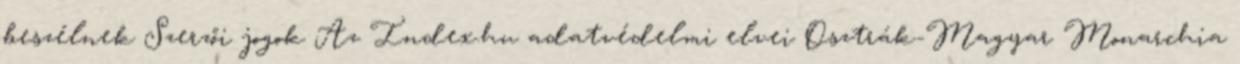
beszélnek Szerzői jogok Az Index.hu adatvédelmi elvei Osztrák-Magyar Monarchia